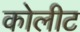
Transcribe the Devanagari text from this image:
कोलीट